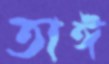
তাঈ